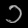
Digit: ၁